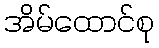
အိမ်ထောင်စု